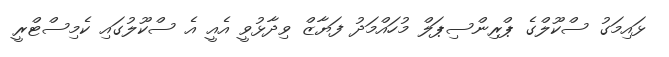
ޅައިމަގު ސްކޫލްގެ ޕްރިންސިޕަލް މުހައްމަދު ފަޔާޒް ވިދާޅުވީ އެއީ އެ ސްކޫލުގައި ކެމިސްޓްރީ